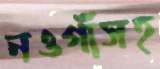
নওগাঁসহ